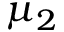
\mu _ { 2 }